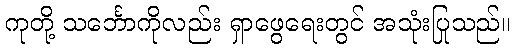
ကုတို့ သင်္ဘောကိုလည်း ရှာဖွေရေးတွင် အသုံးပြုသည်။